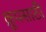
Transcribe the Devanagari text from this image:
क्रूपसाठी